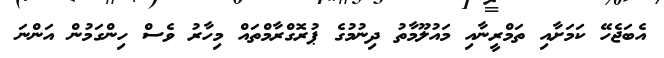
އެބަޖެހޭ ކަމަށާއި ތަމްރީނާއި މައުލޫމާތު ދިނުމުގެ ޕުރޮގްރާމްތައް މިހާރު ވެސް ހިންގަމުން އަންނަ